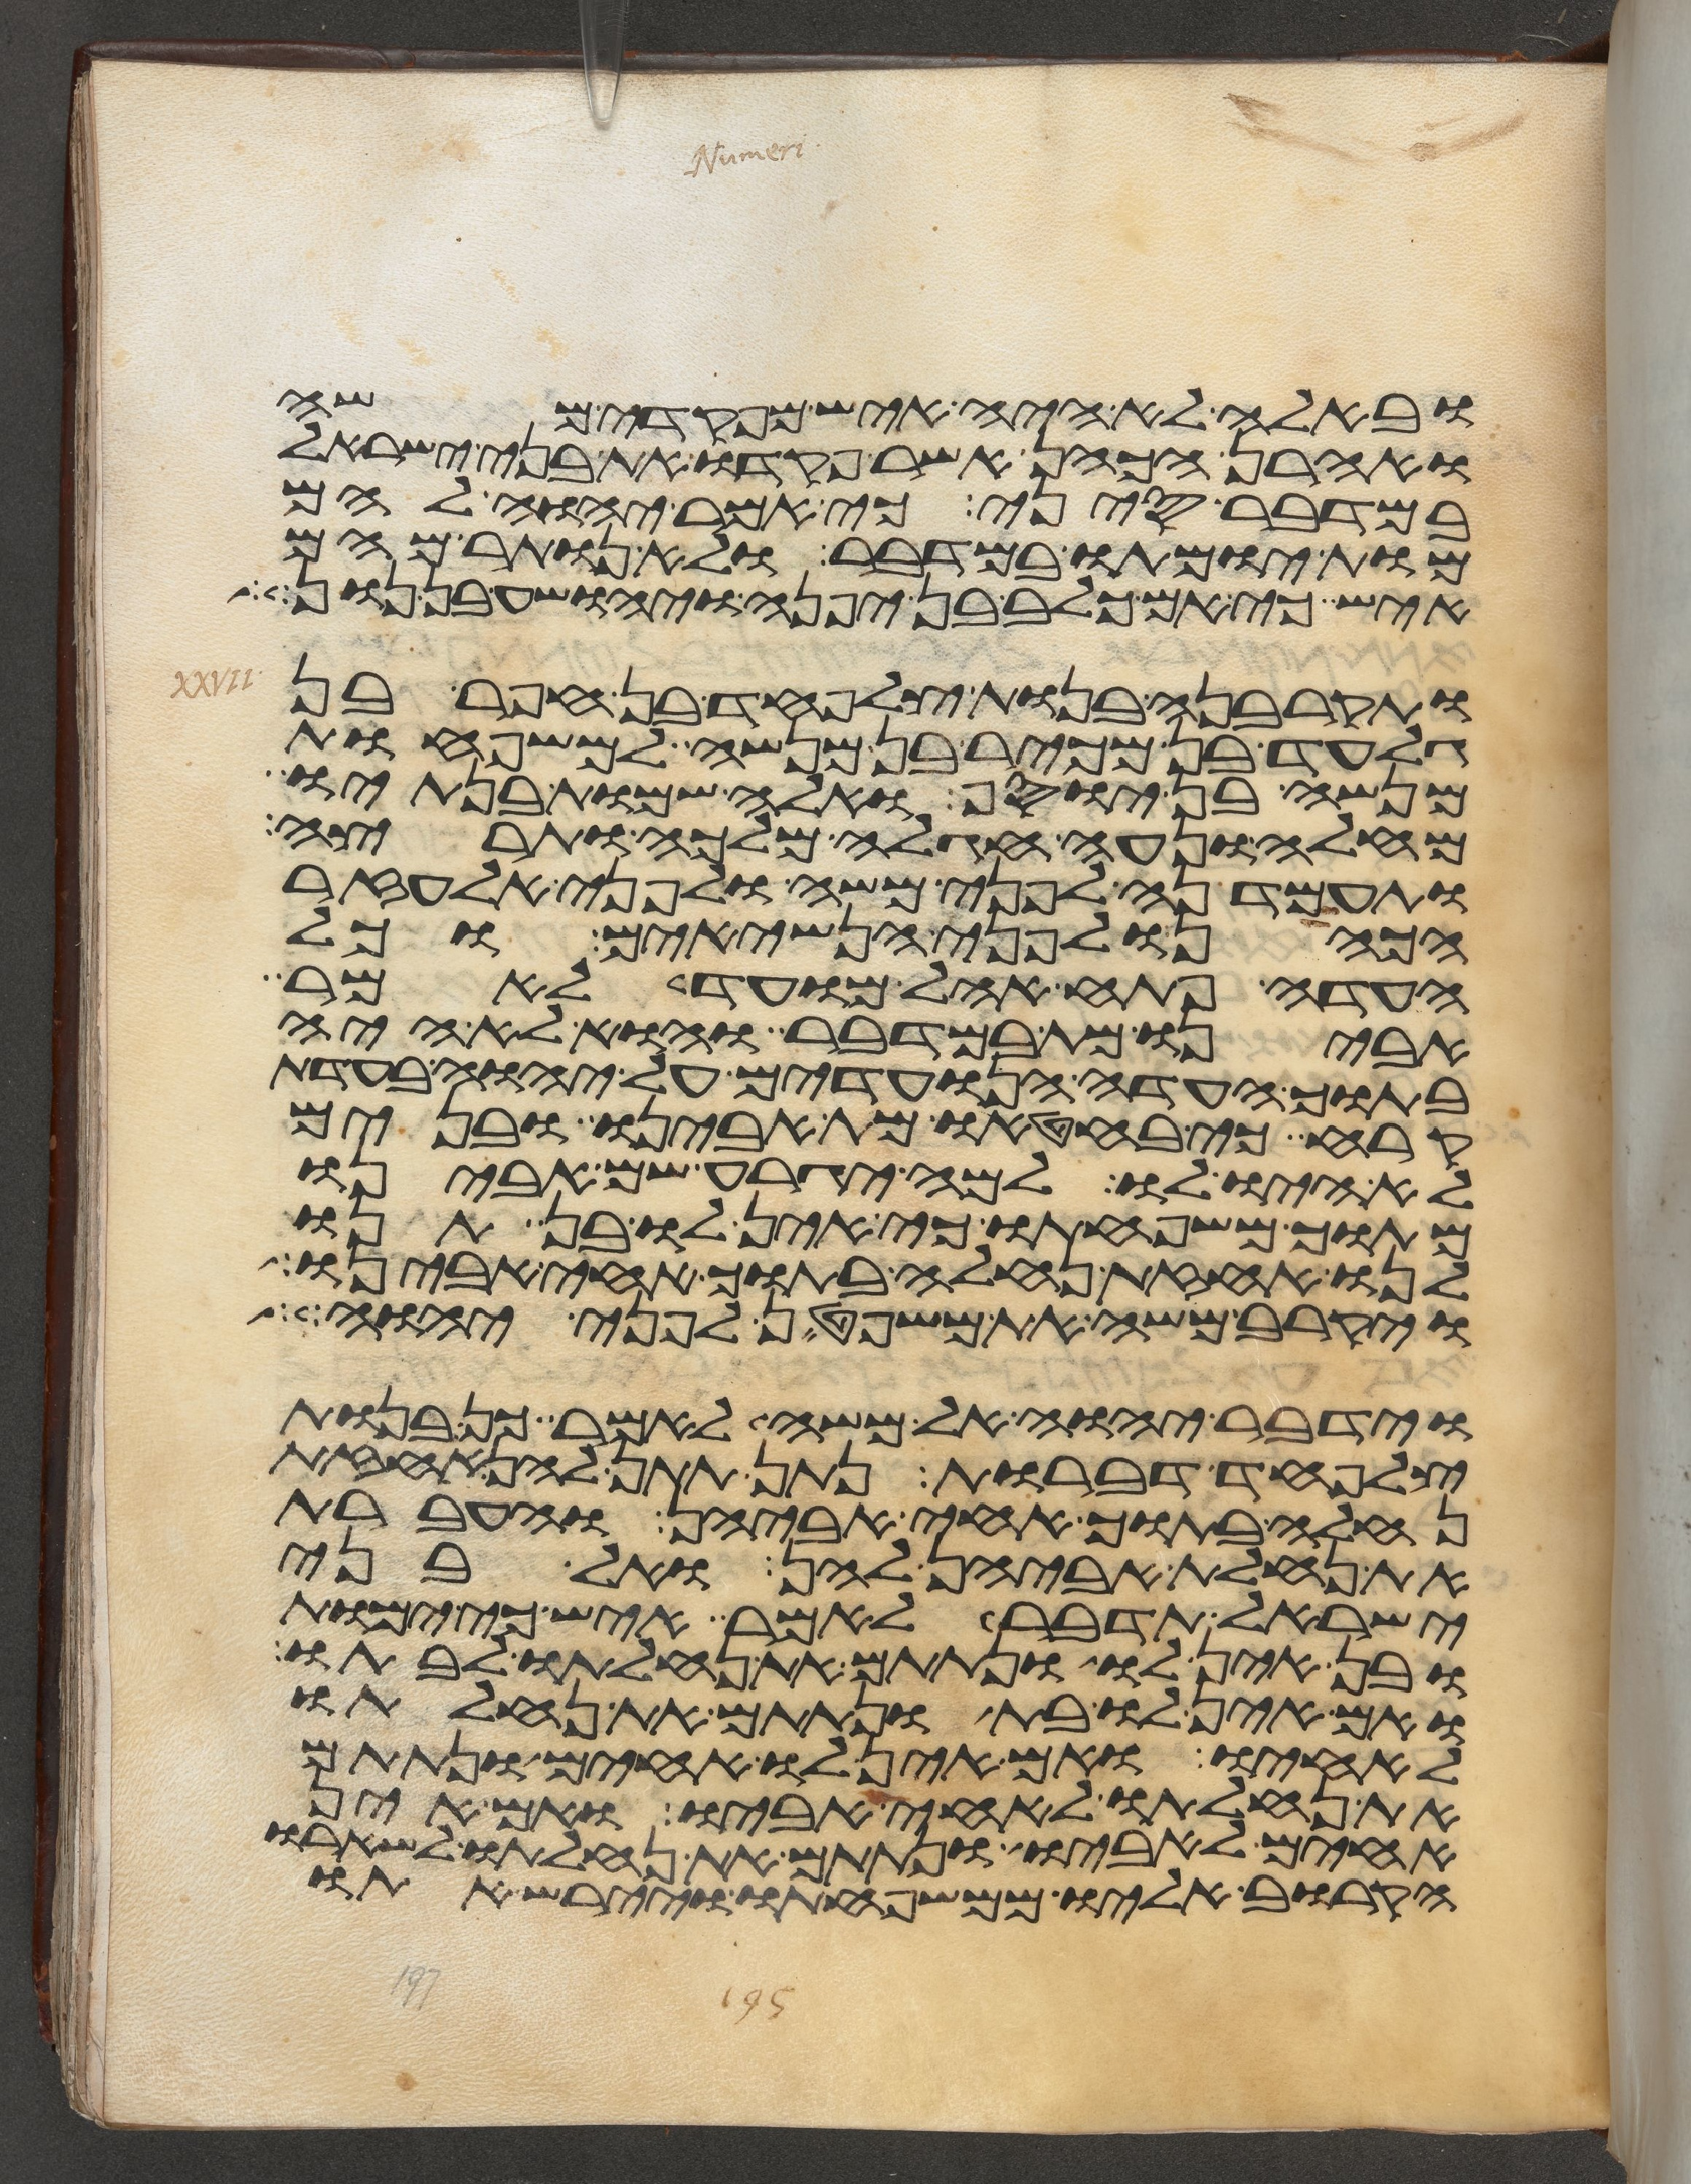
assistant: ובאלה לא היה איש מפקדי משה
ואהרן הכהן אשר פקדו את בני ישראל
במדבר סיני כי אמר יהוה להם
מות ימותו במדבר ולא נותר מהם
איש כי אם כלב בן יפנה ויהושע בן נון
ותקרבנה בנות צלפחד בן חפר בן
גלעד בן מכיר בן מנשה למשפחות
מנשה בן יוסף ואלה שמות בנתיו
מחלה ונעה חגלה מלכה ותרצה
ותעמדנה לפני משה ולפני אלעזר
הכהן ולפני הנשיאים וכל
העדה פתח אהל מועד לאמר
אבינו מת במדבר והוא לא היה
בתוך העדה הנועדים על יהוה בעדת
קרח כי בחטאו מת אבינו ובנים
לא היה לו למה יגרע שם אבינו
מתוך משפחתו כי אין לו בן תנו
לנו אחזת נחלה בתוך אחי אבינו
ויקרב משה את משפטן לפני יהוה
וידבר יהוה אל משה לאמר כן בנות
צלפחד דברות נתן תתן להן אחזת
נחלה בתוך אחי אביהן והעברת
את נחלת אביהן להן ואל בני
ישראל תדבר לאמר איש כי ימות
ובן אין לו ונתתם את נחלתו לבתו
ואם אין לו בת ונתתם את נחלתו
לאחיו ואם אין לו אחים ונתתם
את נחלתו לאחי אביו ואם אין
אחים לאביו ונתתם את נחלתו לשארו
הקרוב אליו ממשפחתו ויירש אתו